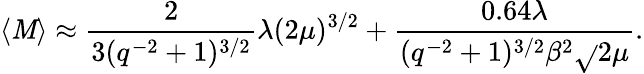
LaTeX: \langle\mathit{M}\rangle\approx\frac{{2}}{{3(q^{-2}+1)^{3/2}}}\lambda(2\mu)^{3/2}+\frac{{0.64\lambda}}{{(q^{-2}+1)^{3/2}\beta^{2}\sqrt{}{{2\mu}}}}.